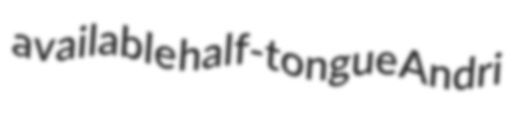
available half-tongue Andri